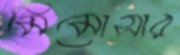
মিমোসার